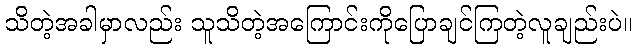
သိတဲ့အခါမှာလည်း သူသိတဲ့အကြောင်းကိုပြောချင်ကြတဲ့လူချည်းပဲ။